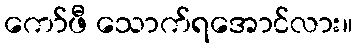
ကော်ဖီ သောက်ရအောင်လား။